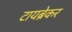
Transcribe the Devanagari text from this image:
टायब्रेकर